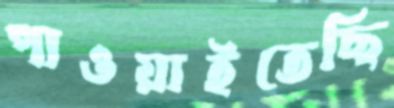
পাওয়াইতেছি